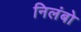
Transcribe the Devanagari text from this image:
निलंबो